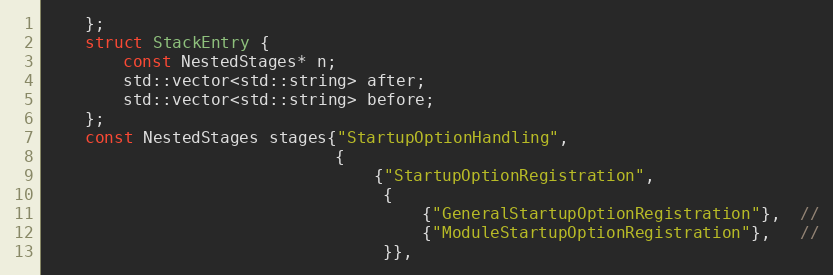
Language: C++
    };
    struct StackEntry {
        const NestedStages* n;
        std::vector<std::string> after;
        std::vector<std::string> before;
    };
    const NestedStages stages{"StartupOptionHandling",
                              {
                                  {"StartupOptionRegistration",
                                   {
                                       {"GeneralStartupOptionRegistration"},  //
                                       {"ModuleStartupOptionRegistration"},   //
                                   }},